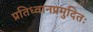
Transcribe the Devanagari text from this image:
प्रतिध्वानप्रमुदितः